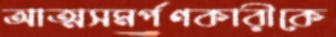
আত্মসমর্পণকারীকে